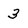
Character: 3